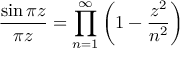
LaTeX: { \frac { \sin \pi z } { \pi z } } = \prod _ { n = 1 } ^ { \infty } \left( 1 - { \frac { z ^ { 2 } } { n ^ { 2 } } } \right)